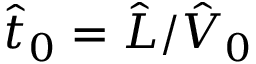
\hat { t } _ { 0 } = \hat { L } / \hat { V } _ { 0 }